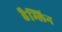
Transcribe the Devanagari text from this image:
हैम्लिन